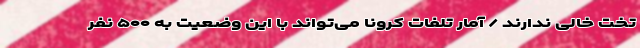
تخت خالی ندارند / آمار تلفات کرونا می‌تواند با این وضعیت به ۵۰۰ نفر